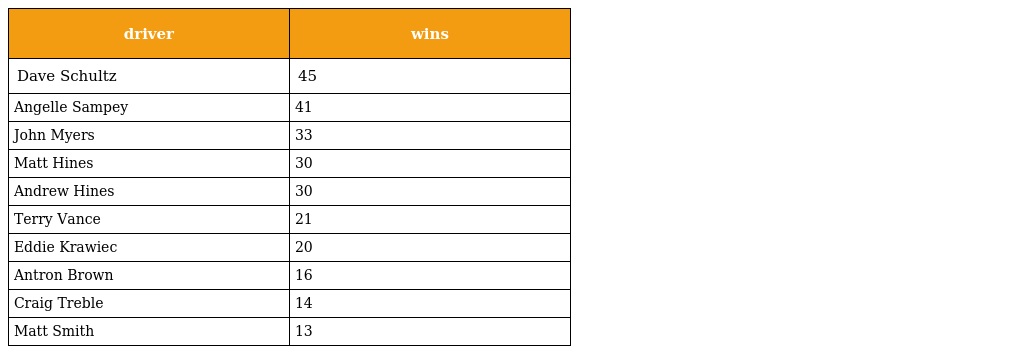
| driver | wins |
 | --- | --- |
 | Dave Schultz | 45 |
 | Angelle Sampey | 41 |
 | John Myers | 33 |
 | Matt Hines | 30 |
 | Andrew Hines | 30 |
 | Terry Vance | 21 |
 | Eddie Krawiec | 20 |
 | Antron Brown | 16 |
 | Craig Treble | 14 |
 | Matt Smith | 13 |